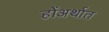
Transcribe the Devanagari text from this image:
होंअर्थात